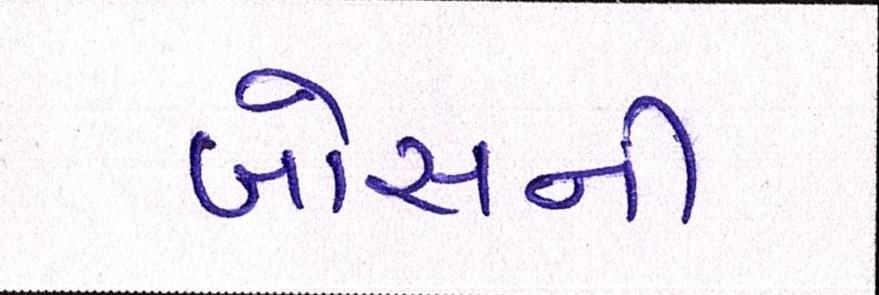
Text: બોસની